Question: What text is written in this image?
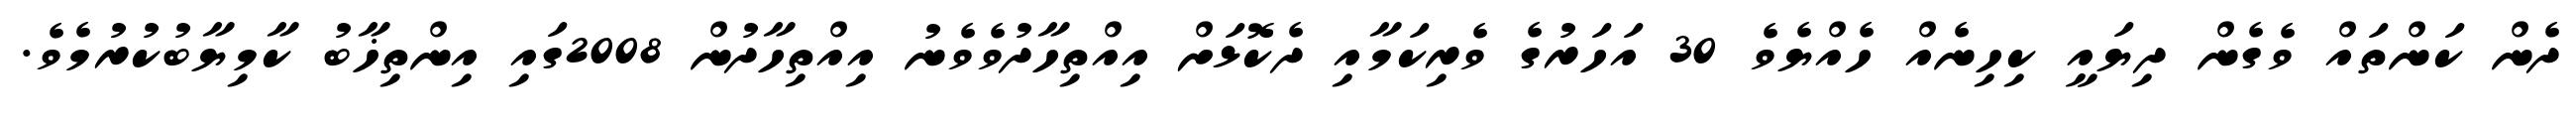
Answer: ދެން ކަންތައް ވެގެން ދިޔައީ ކިހިނެއް ހެއްޔެވެ 30 އަހަރުގެ ވެރިކަމާއި ދެކޮޅަށް އިއްތިހާދުވެވެނު އިއްތިހާދުން 2008ގައި އިންތިޚާބު ކާމިޔާބުކުރުމެވެ.